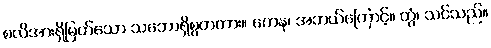
စလိအားရှိမြတ်သော သဘောရှိစွတကား။ ကေန၊ အဘယ်ကြောင့်။ တွံ၊ သင်သည်။